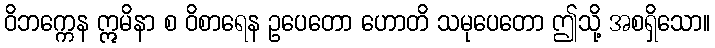
ဝိဘက္ကေန ဣမိနာ စ ဝိစာရေန ဥပေတော ဟောတိ သမုပေတော ဤသို့ အစရှိသော။